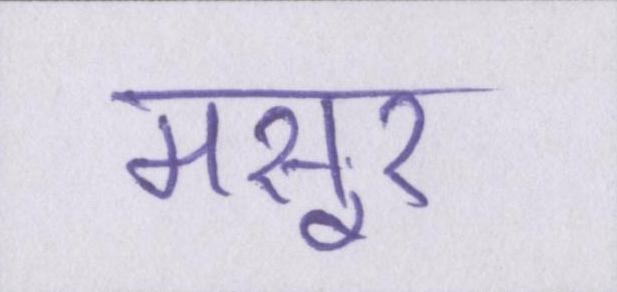
मसूर